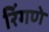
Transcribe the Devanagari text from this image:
रिंगणे